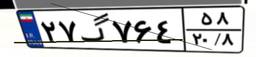
۰۶گ۳۷۶۱۶